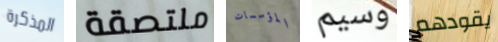
المذكرة ملتصقة المؤسسات وسيم يقودهم